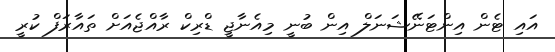
އައި ޓެން އިންޓަނޭޝަނަލް އިން ބުނީ މިއެނާޖީ ޑްރިކް ރާއްޖެއަށް ތައާރަފް ކުރީ